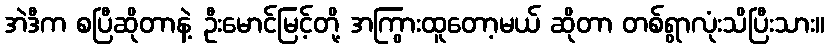
အဲဒီက စပြီဆိုတာနဲ့ ဦးမောင်မြင့်တို့ အကြွားထူတော့မယ် ဆိုတာ တစ်ရွာလုံးသိပြီးသား။